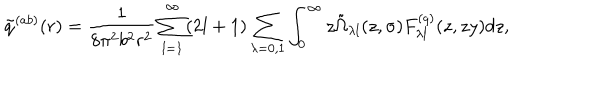
\tilde { q } ^ { ( a b ) } ( r ) = \frac { 1 } { 8 \pi ^ { 2 } b ^ { 2 } r ^ { 2 } } \sum _ { l = 1 } ^ { \infty } ( 2 l + 1 ) \sum _ { \lambda = 0 , 1 } \int _ { 0 } ^ { \infty } { z \tilde { \Omega } _ { \lambda l } ( z , \sigma ) F _ { \lambda l } ^ { ( q ) } ( z , z y ) d z } ,